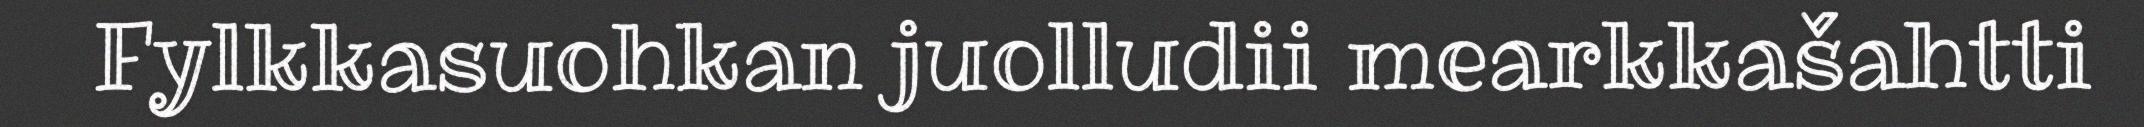
Fylkkasuohkan juolludii mearkkašahtti